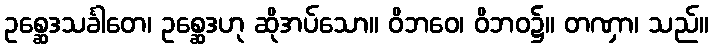
ဥစ္ဆေဒသင်္ခါတေ၊ ဥစ္ဆေဒဟု ဆိုအပ်သော။ ဝိဘဝေ၊ ဝိဘဝ၌။ တဏှာ၊ သည်။